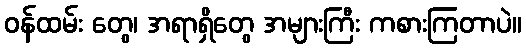
ဝန်ထမ်း တွေ၊ အရာရှိတွေ အများကြီး ကစားကြတာပဲ။